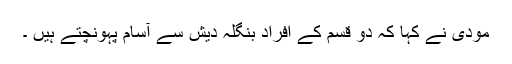
مودی نے کہا کہ دو قسم کے افراد بنگلہ دیش سے آسام پہونچتے ہیں ۔